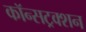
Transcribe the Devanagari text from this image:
कॉन्सट्रक्शन